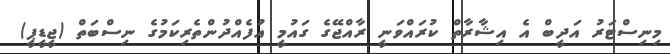
މިނިސްޓަރު އަދީބް އެ އިޝާރާތް ކުރައްވަނީ ރާއްޖޭގެ ގައުމީ އުފެއްދުންތެރިކަމުގެ ނިސްބަތް (ޖީޑީޕީ)